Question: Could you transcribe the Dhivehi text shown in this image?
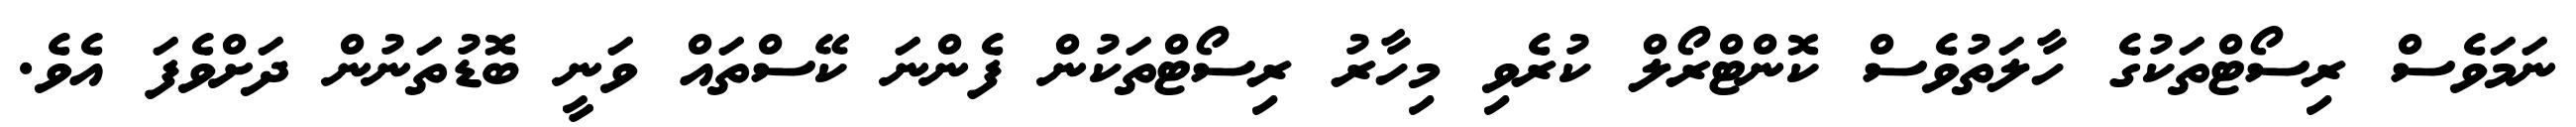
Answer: ނަމަވެސް ރިސޯޓްތަކުގެ ހާލަތުވެސް ކޮންޓްރޯލް ކުރެވި މިހާރު ރިސޯޓްތަކުން ފެންނަ ކޭސްތައް ވަނީ ބޮޑުތަނުން ދަށްވެފަ އެވެ.